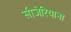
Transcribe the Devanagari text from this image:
सीजेरियाना